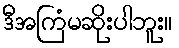
ဒီအကြံမဆိုးပါဘူး။